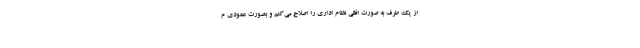
از یک طرف به صورت افقی نظام اداری را اصلاح می‌کنم و بصورت عمودی م